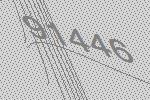
91446